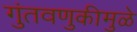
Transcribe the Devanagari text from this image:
गुंतवणुकीमुळे